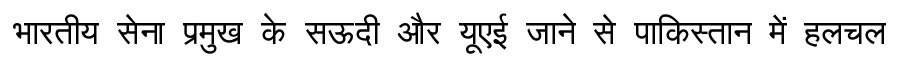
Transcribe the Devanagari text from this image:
भारतीय सेना प्रमुख के सऊदी और यूएई जाने से पाकिस्तान में हलचल